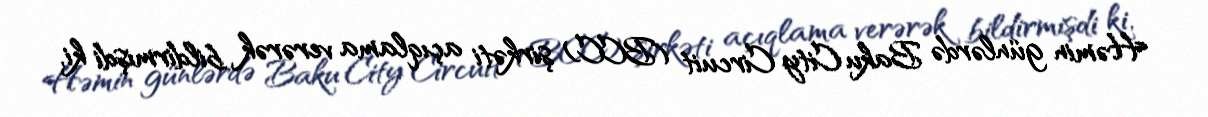
Həmin günlərdə Baku City Circuit (BCC) şirkəti açıqlama verərək bildirmişdi ki,